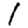
Digit: 1